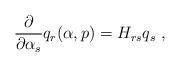
LaTeX: \begin{align*}{\partial \over\partial \alpha _{s}}q_{r}(\alpha ,p)=H_{rs}q_{s}\ ,\end{align*}